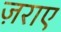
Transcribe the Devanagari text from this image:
ज़राए